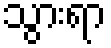
သွားရာ